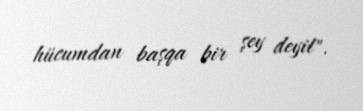
hücumdan başqa bir şey deyil".